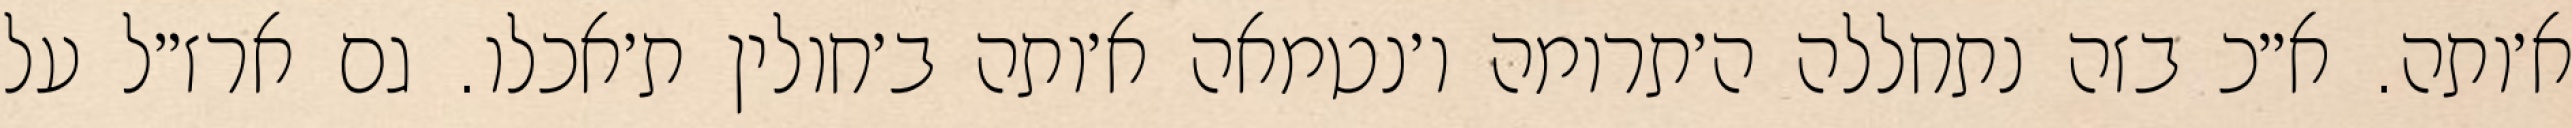
א׳ותה. א״כ בזה נתחללה ה׳תרומה ו׳נטמאה א׳ותה ב׳חולין ת׳אכלו. גם ארז״ל על